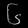
Digit: ၆